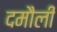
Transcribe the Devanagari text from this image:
दमाैली